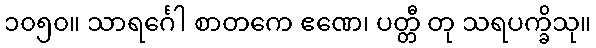
၁၀၅၀။ သာရင်္ဂေါ စာတကေ ဧဏေ၊ ပတ္တီ တု သရပက္ခိသု။